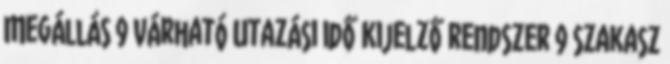
Megállás 9 Várható Utazási idő Kijelző rendszer 9 szakasz